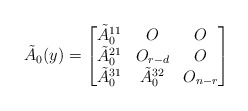
\begin{align*} \tilde{A}_0 (y) = \begin{bmatrix}\tilde{A}_0^{11} & O & O\\ \tilde{A}_0^{21} & O_{r-d} & O \\ \tilde{A}_0^{31} & \tilde{A}_0^{32} & O_{n-r} \end{bmatrix}\end{align*}